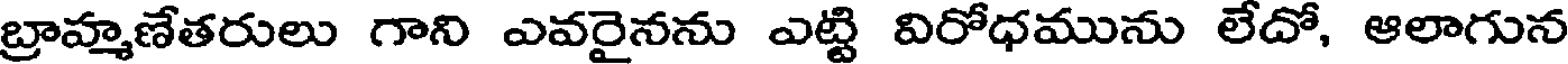
బ్రాహ్మణేతరులు గాని ఎవరైనను ఎట్టి విరోధమును లేదో, ఆలాగున